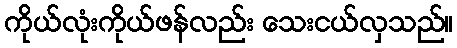
ကိုယ်လုံးကိုယ်ဖန်လည်း သေးငယ်လှသည်။